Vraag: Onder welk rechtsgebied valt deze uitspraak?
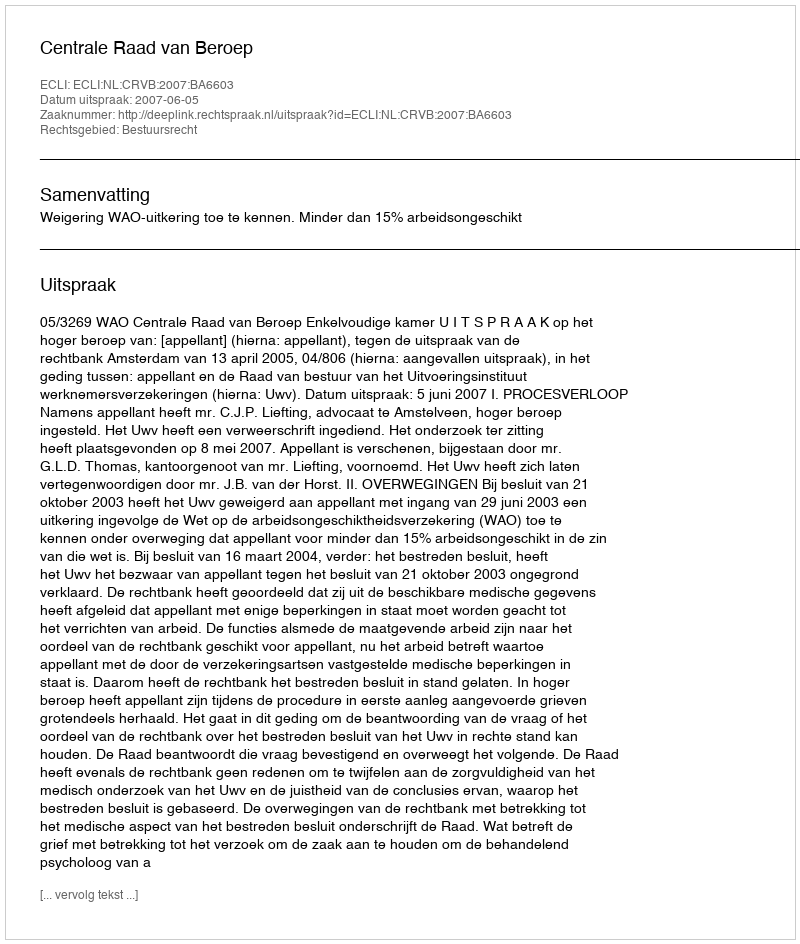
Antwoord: Bestuursrecht